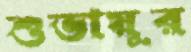
শুভায়ুর